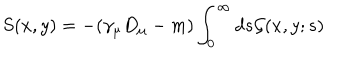
S ( x , y ) = - ( \gamma _ { \mu } D _ { \mu } - m ) \int _ { 0 } ^ { \infty } d s { \cal G } ( x , y ; s )